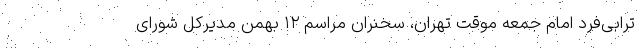
ترابی‌فرد امام جمعه موقت تهران، سخنران مراسم ۱۲ بهمن مدیرکل شورای